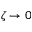
\zeta \to 0